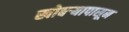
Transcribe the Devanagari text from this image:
खोबर्‍यापासून